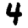
Digit: 4